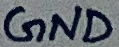
Text: GND